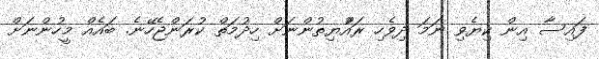
ފައިސާ އިން ކިޔެވި ނަމަ ދިވެހި ރައްުޔިތުންނަށް ހިދުމަތް ކުރަންޖެހޭނެ. ބައެއް މީހުންނަށް